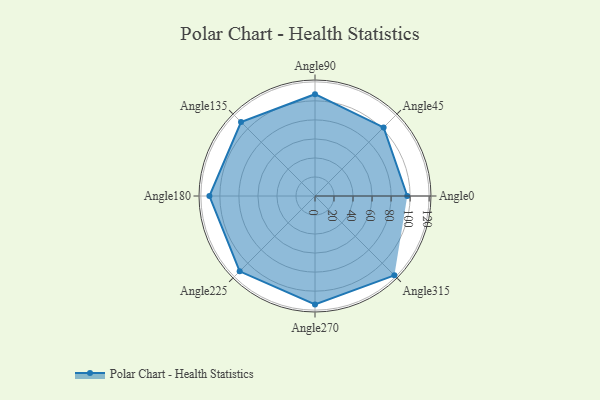
{"axis": {"x": "Angle", "y": "Radius"}, "legend": [""], "data": [{"x": "Angle0", "y": 97.0, "type": ""}, {"x": "Angle45", "y": 102.0, "type": ""}, {"x": "Angle90", "y": 107.0, "type": ""}, {"x": "Angle135", "y": 110.0, "type": ""}, {"x": "Angle180", "y": 111.0, "type": ""}, {"x": "Angle225", "y": 112.0, "type": ""}, {"x": "Angle270", "y": 114.0, "type": ""}, {"x": "Angle315", "y": 118.0, "type": ""}]}